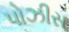
પોઝીસ